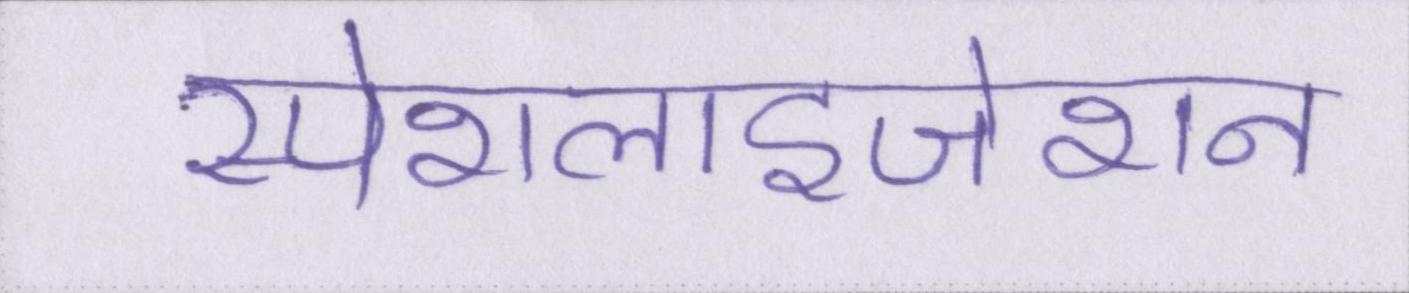
स्पेशलाइजेशन